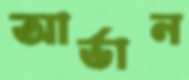
আর্ভান